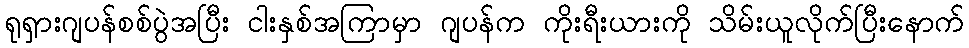
ရုရှားဂျပန်စစ်ပွဲအပြီး ငါးနှစ်အကြာမှာ ဂျပန်က ကိုးရီးယားကို သိမ်းယူလိုက်ပြီးနောက်